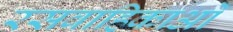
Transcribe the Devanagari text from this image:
रसवाहिकाओं